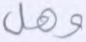
وهل